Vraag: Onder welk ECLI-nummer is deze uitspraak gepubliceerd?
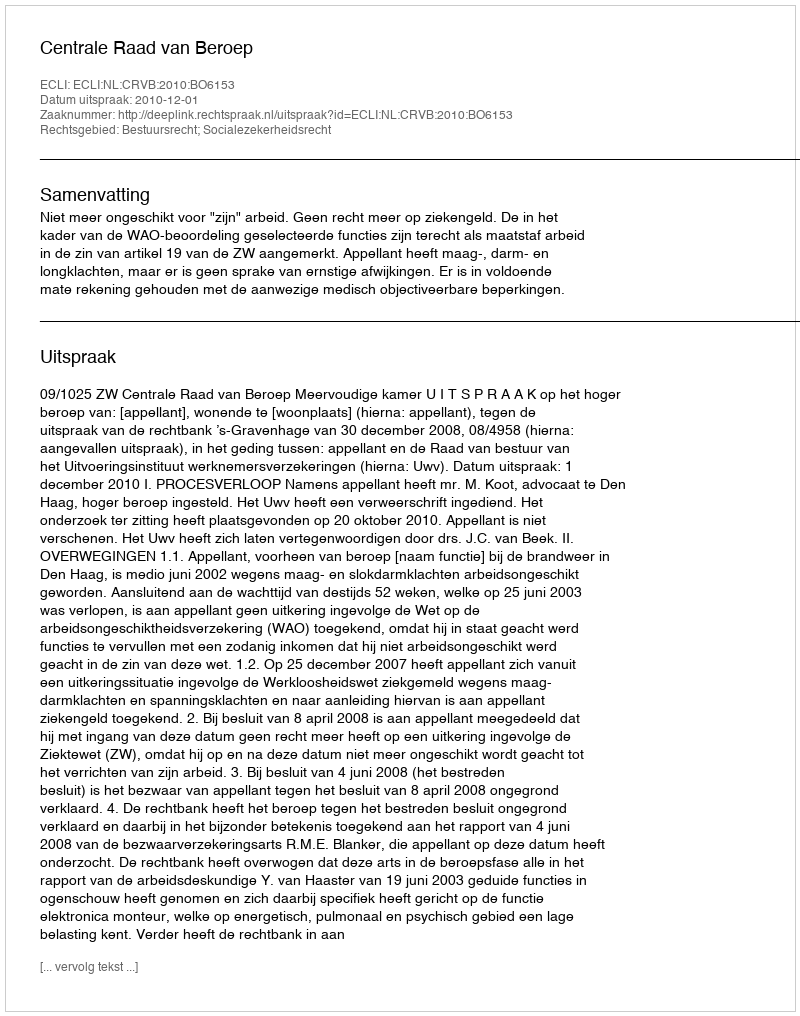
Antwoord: ECLI:NL:CRVB:2010:BO6153